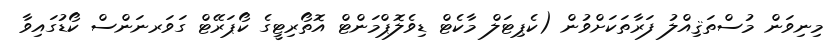
މިނިވަން މުސްތަޤިއްލު ފަރާތަކަށްވުން (ކެޕިޓަލް މާކެޓް ޑިވެލޮޕްމަންޓް އޮތޯރިޓީގެ ކޯޕަރޭޓް ގަވަރނަންސް ކޯޑުގައިވާ